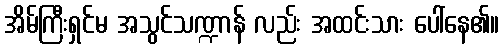
အိမ်ကြီးရှင်မ အသွင်သဏ္ဍာန် လည်း အထင်းသား ပေါ်နေ၏။